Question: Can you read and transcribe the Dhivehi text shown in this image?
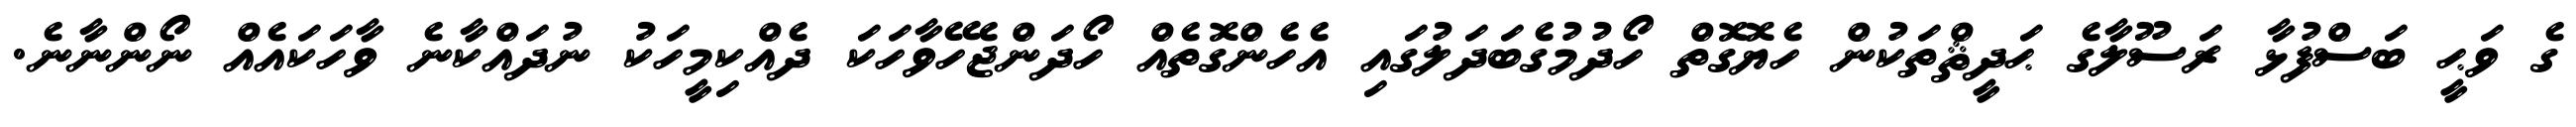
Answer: ގެ ވަޙީ ބަސްފުޅާ ރަސޫލާގެ ޙަދީޘްތަކުން ހެޔޮގޮތް ހޯދުމުގެބަދަލުގައި އެހެންގޮތެއް ހޯދަންޖެހޭވާހަކަ ދެއްކިމީހަކު ނުދައްކާނެ ވާހަކައެއް ނޯންނާނެ.